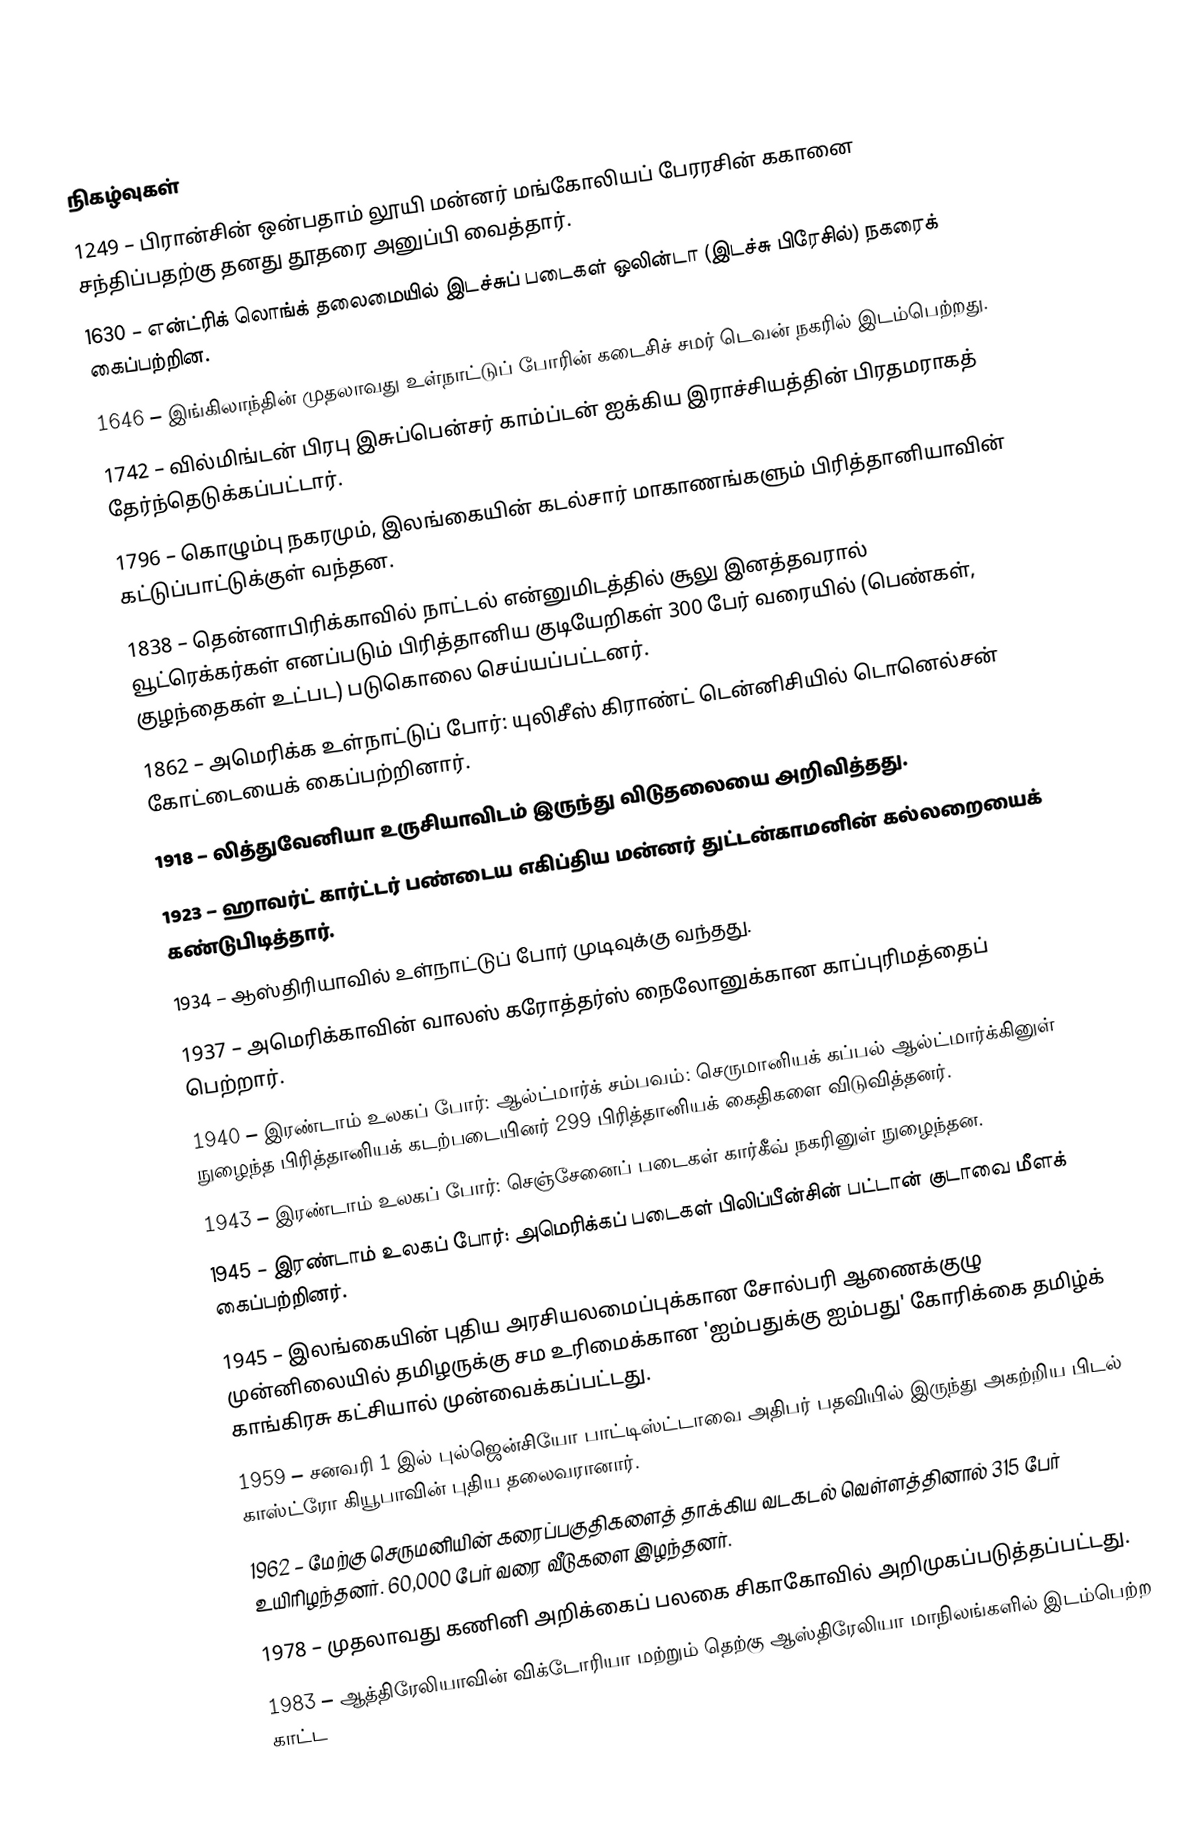

நிகழ்வுகள்
1249 – பிரான்சின் ஒன்பதாம் லூயி மன்னர் மங்கோலியப் பேரரசின் ககானை சந்திப்பதற்கு தனது தூதரை அனுப்பி வைத்தார்.
1630 – என்ட்ரிக் லொங்க் தலைமையில் இடச்சுப் படைகள் ஒலின்டா (இடச்சு பிரேசில்) நகரைக் கைப்பற்றின.
1646 – இங்கிலாந்தின் முதலாவது உள்நாட்டுப் போரின் கடைசிச் சமர் டெவன் நகரில் இடம்பெற்றது.
1742 – வில்மிங்டன் பிரபு இசுப்பென்சர் காம்ப்டன் ஐக்கிய இராச்சியத்தின் பிரதமராகத் தேர்ந்தெடுக்கப்பட்டார்.
1796 – கொழும்பு நகரமும், இலங்கையின் கடல்சார் மாகாணங்களும் பிரித்தானியாவின் கட்டுப்பாட்டுக்குள் வந்தன.
1838 – தென்னாபிரிக்காவில் நாட்டல் என்னுமிடத்தில் சூலு இனத்தவரால் வூட்ரெக்கர்கள் எனப்படும் பிரித்தானிய குடியேறிகள் 300 பேர் வரையில் (பெண்கள், குழந்தைகள் உட்பட) படுகொலை செய்யப்பட்டனர்.
1862 – அமெரிக்க உள்நாட்டுப் போர்: யுலிசீஸ் கிராண்ட் டென்னிசியில் டொனெல்சன் கோட்டையைக் கைப்பற்றினார்.
1918 – லித்துவேனியா உருசியாவிடம் இருந்து விடுதலையை அறிவித்தது.
1923 – ஹாவர்ட் கார்ட்டர் பண்டைய எகிப்திய மன்னர் துட்டன்காமனின் கல்லறையைக் கண்டுபிடித்தார்.
1934 – ஆஸ்திரியாவில் உள்நாட்டுப் போர் முடிவுக்கு வந்தது.
1937 – அமெரிக்காவின் வாலஸ் கரோத்தர்ஸ் நைலோனுக்கான காப்புரிமத்தைப் பெற்றார்.
1940 – இரண்டாம் உலகப் போர்: ஆல்ட்மார்க் சம்பவம்: செருமானியக் கப்பல் ஆல்ட்மார்க்கினுள் நுழைந்த பிரித்தானியக் கடற்படையினர் 299 பிரித்தானியக் கைதிகளை விடுவித்தனர்.
1943 – இரண்டாம் உலகப் போர்: செஞ்சேனைப் படைகள் கார்கீவ் நகரினுள் நுழைந்தன.
1945 – இரண்டாம் உலகப் போர்: அமெரிக்கப் படைகள் பிலிப்பீன்சின் பட்டான் குடாவை மீளக் கைப்பற்றினர்.
1945 – இலங்கையின் புதிய அரசியலமைப்புக்கான சோல்பரி ஆணைக்குழு முன்னிலையில் தமிழருக்கு சம உரிமைக்கான 'ஐம்பதுக்கு ஐம்பது' கோரிக்கை தமிழ்க் காங்கிரசு கட்சியால் முன்வைக்கப்பட்டது.
1959 – சனவரி 1 இல் புல்ஜென்சியோ பாட்டிஸ்ட்டாவை அதிபர் பதவியில் இருந்து அகற்றிய பிடல் காஸ்ட்ரோ கியூபாவின் புதிய தலைவரானார்.
1962 – மேற்கு செருமனியின் கரைப்பகுதிகளைத் தாக்கிய வடகடல் வெள்ளத்தினால் 315 பேர் உயிரிழந்தனர். 60,000 பேர் வரை வீடுகளை இழந்தனர்.
1978 – முதலாவது கணினி அறிக்கைப் பலகை சிகாகோவில் அறிமுகப்படுத்தப்பட்டது.
1983 – ஆத்திரேலியாவின் விக்டோரியா மற்றும் தெற்கு ஆஸ்திரேலியா மாநிலங்களில் இடம்பெற்ற காட்ட